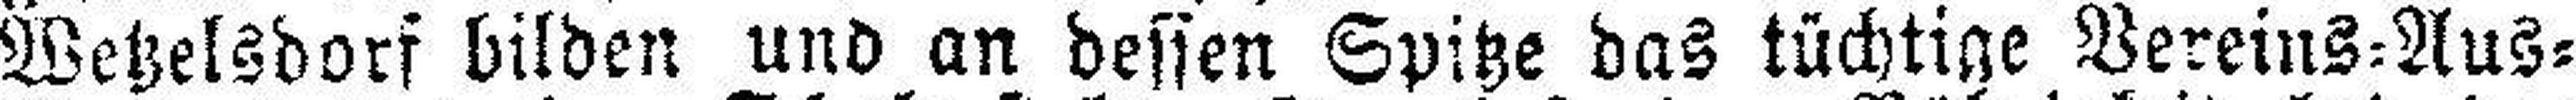
Wetzelsdorf bilden und an dessen Spitze das tüchtige Vereins=Aus¬